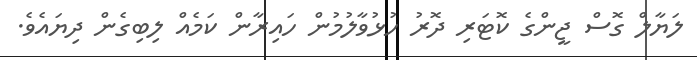
ލަޔާލް ގޮސް ޖީންގެ ކޮޓަރި ދޮރު ހުޅުވާލުމުން ހައިރާން ކަމެއް ލިބިގެން ދިޔައެވެ.